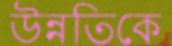
উন্নতিকে